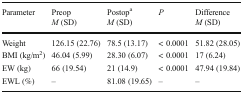
<table><thead><tr><td><b>Parameter</b></td><td><b>Preop<i>M</i> (SD)</b></td><td><b>Postop<sup>a</sup><i>M</i> (SD)</b></td><td><b><i>P</i></b></td><td><b>Difference<i>M</i> (SD)</b></td></tr></thead><tbody><tr><td>Weight</td><td>126.15 (22.76)</td><td>78.5 (13.17)</td><td>&lt; 0.0001</td><td>51.82 (28.05)</td></tr><tr><td>BMI (kg/m<sup>2</sup>)</td><td>46.04 (5.99)</td><td>28.30 (6.07)</td><td>&lt; 0.0001</td><td>17 (6.24)</td></tr><tr><td>EW (kg)</td><td>66 (19.54)</td><td>21 (14.9)</td><td>&lt; 0.0001</td><td>47.94 (19.84)</td></tr><tr><td>EWL (%)</td><td>–</td><td>81.08 (19.65)</td><td>–</td><td>–</td></tr></tbody></table>